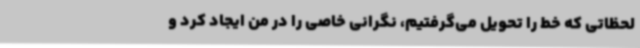
لحظاتی که خط را تحویل می‌گرفتیم، نگرانی خاصی را در من ایجاد کرد و